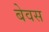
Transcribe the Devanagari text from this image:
बेवस